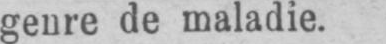
genre de maladie.